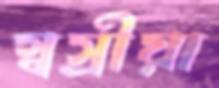
স্বস্রীয়া